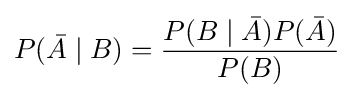
P({\bar {A}}\mid B)={\frac {P(B\mid {\bar {A}})P({\bar {A}})}{P(B)}}